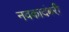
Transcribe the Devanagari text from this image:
नवकादंबरी